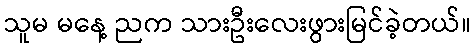
သူမ မနေ့ ညက သားဦးလေးဖွားမြင်ခဲ့တယ်။